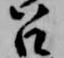
召